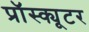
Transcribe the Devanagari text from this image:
प्रॉस्क्यूटर